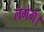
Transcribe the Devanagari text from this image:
लगेगें।